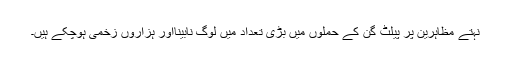
نہتے مظاہرین پر پیلٹ گن کے حملوں میں بڑی تعداد میں لوگ نابینااور ہزاروں زخمی ہوچکے ہیں۔